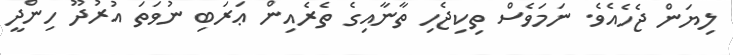
ލިޔަން ޖެހެއެވެ. ނަމަވެސް ތިކިޖެހި ތާނާއިގެ ތެރެއިން ޢަރަބި ނުވަތަ އުރުދޫ ހިންދީ